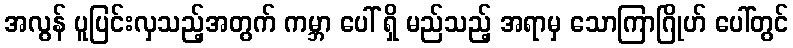
အလွန် ပူပြင်းလှသည့်အတွက် ကမ္ဘာ ပေါ် ရှိ မည်သည့် အရာမှ သောကြာဂြိုဟ် ပေါ်တွင်